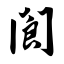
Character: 阆